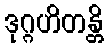
ဒုဂ္ဂဟိတန္တိ